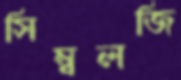
সিম্বলজি